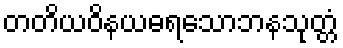
တတိယဝိနယဓရသောဘနသုတ္တံ